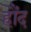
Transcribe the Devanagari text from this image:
हौंद